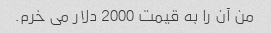
من آن را به قیمت 2000 دلار می خرم.